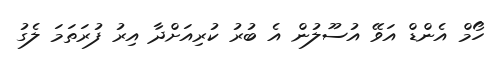
ހޯމް އެންޑް އަވޭ އުސޫލުން އެ ބުރު ކުރިއަށްދާ އިރު ފުރަތަމަ ލެގު